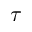
\tau